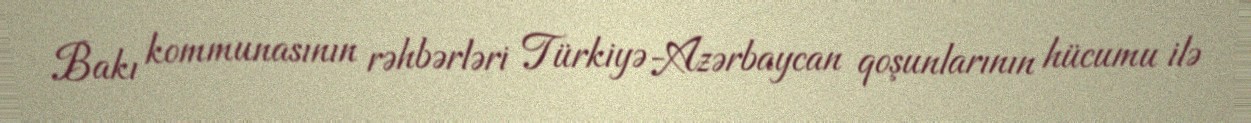
Bakı kommunasının rəhbərləri Türkiyə-Azərbaycan qoşunlarının hücumu ilə